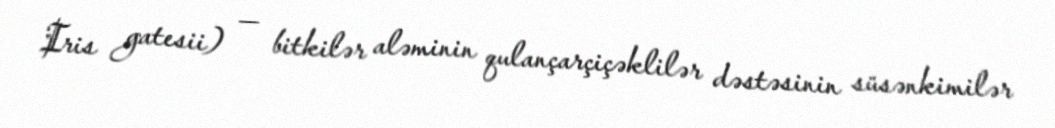
Iris gatesii) — bitkilər aləminin qulançarçiçəklilər dəstəsinin süsənkimilər